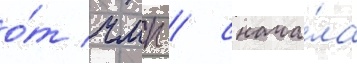
о́т чмп / снача́ла